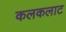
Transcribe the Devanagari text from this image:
कलकलाट